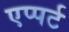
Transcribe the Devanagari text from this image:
एप्पर्ट